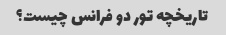
تاریخچه تور دو فرانس چیست؟